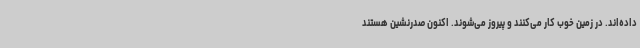
داده‌اند. در زمین خوب کار می‌کنند و پیروز می‌شوند. اکنون صدرنشین هستند